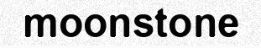
moonstone